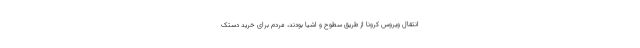
انتقال ویروس کرونا از طریق سطوح و اشیا بودند، مردم برای خرید دستک